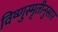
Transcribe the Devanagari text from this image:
विष्णुस्मृतीनुसार